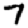
Digit: 7